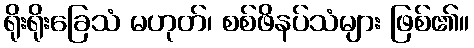
ရိုးရိုးခြေသံ မဟုတ်၊ စစ်ဖိနပ်သံများ ဖြစ်၏။